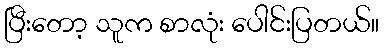
ပြီးတော့ သူက စာလုံး ပေါင်းပြတယ်။